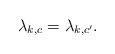
LaTeX: \begin{align*}\lambda_{k,c} = \lambda_{k,c^\prime}.\end{align*}